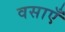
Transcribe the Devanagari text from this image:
वसाएँ